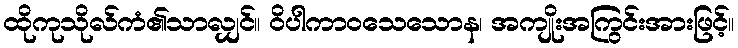
ထိုကုသိုလ်ကံ၏သာလျှင်။ ဝိပါကာဝသေသောန၊ အကျိုးအကြွင်းအားဖြင့်။